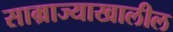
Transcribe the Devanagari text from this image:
साम्राज्याखालील